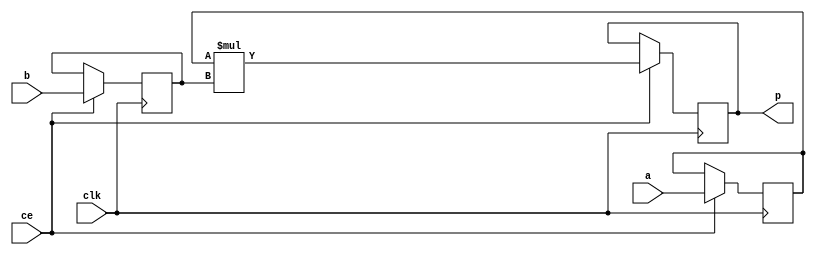
module my_video_filter_mul_16ns_32ns_48_3_Mul3S_0(clk, ce, a, b, p);
input clk;
input ce;
input[16 - 1 : 0] a; // synthesis attribute keep a "true"
input[32 - 1 : 0] b; // synthesis attribute keep b "true"
output[48 - 1 : 0] p;

reg [16 - 1 : 0] a_reg0;
reg [32 - 1 : 0] b_reg0;
wire [48 - 1 : 0] tmp_product;
reg [48 - 1 : 0] buff0;

assign p = buff0;
assign tmp_product = a_reg0 * b_reg0;
always @ (posedge clk) begin
    if (ce) begin
        a_reg0 <= a;
        b_reg0 <= b;
        buff0 <= tmp_product;
    end
end
endmodule